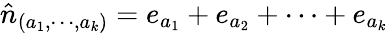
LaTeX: \hat{n}_{(a_{1},\cdots,a_{k})}=e_{a_{1}}+e_{a_{2}}+\cdots+e_{a_{k}}